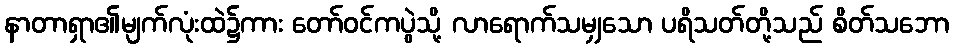
နာတာရှာ၏မျက်လုံးထဲ၌ကား တော်ဝင်ကပွဲသို့ လာရောက်သမျှသော ပရိသတ်တို့သည် စိတ်သဘော